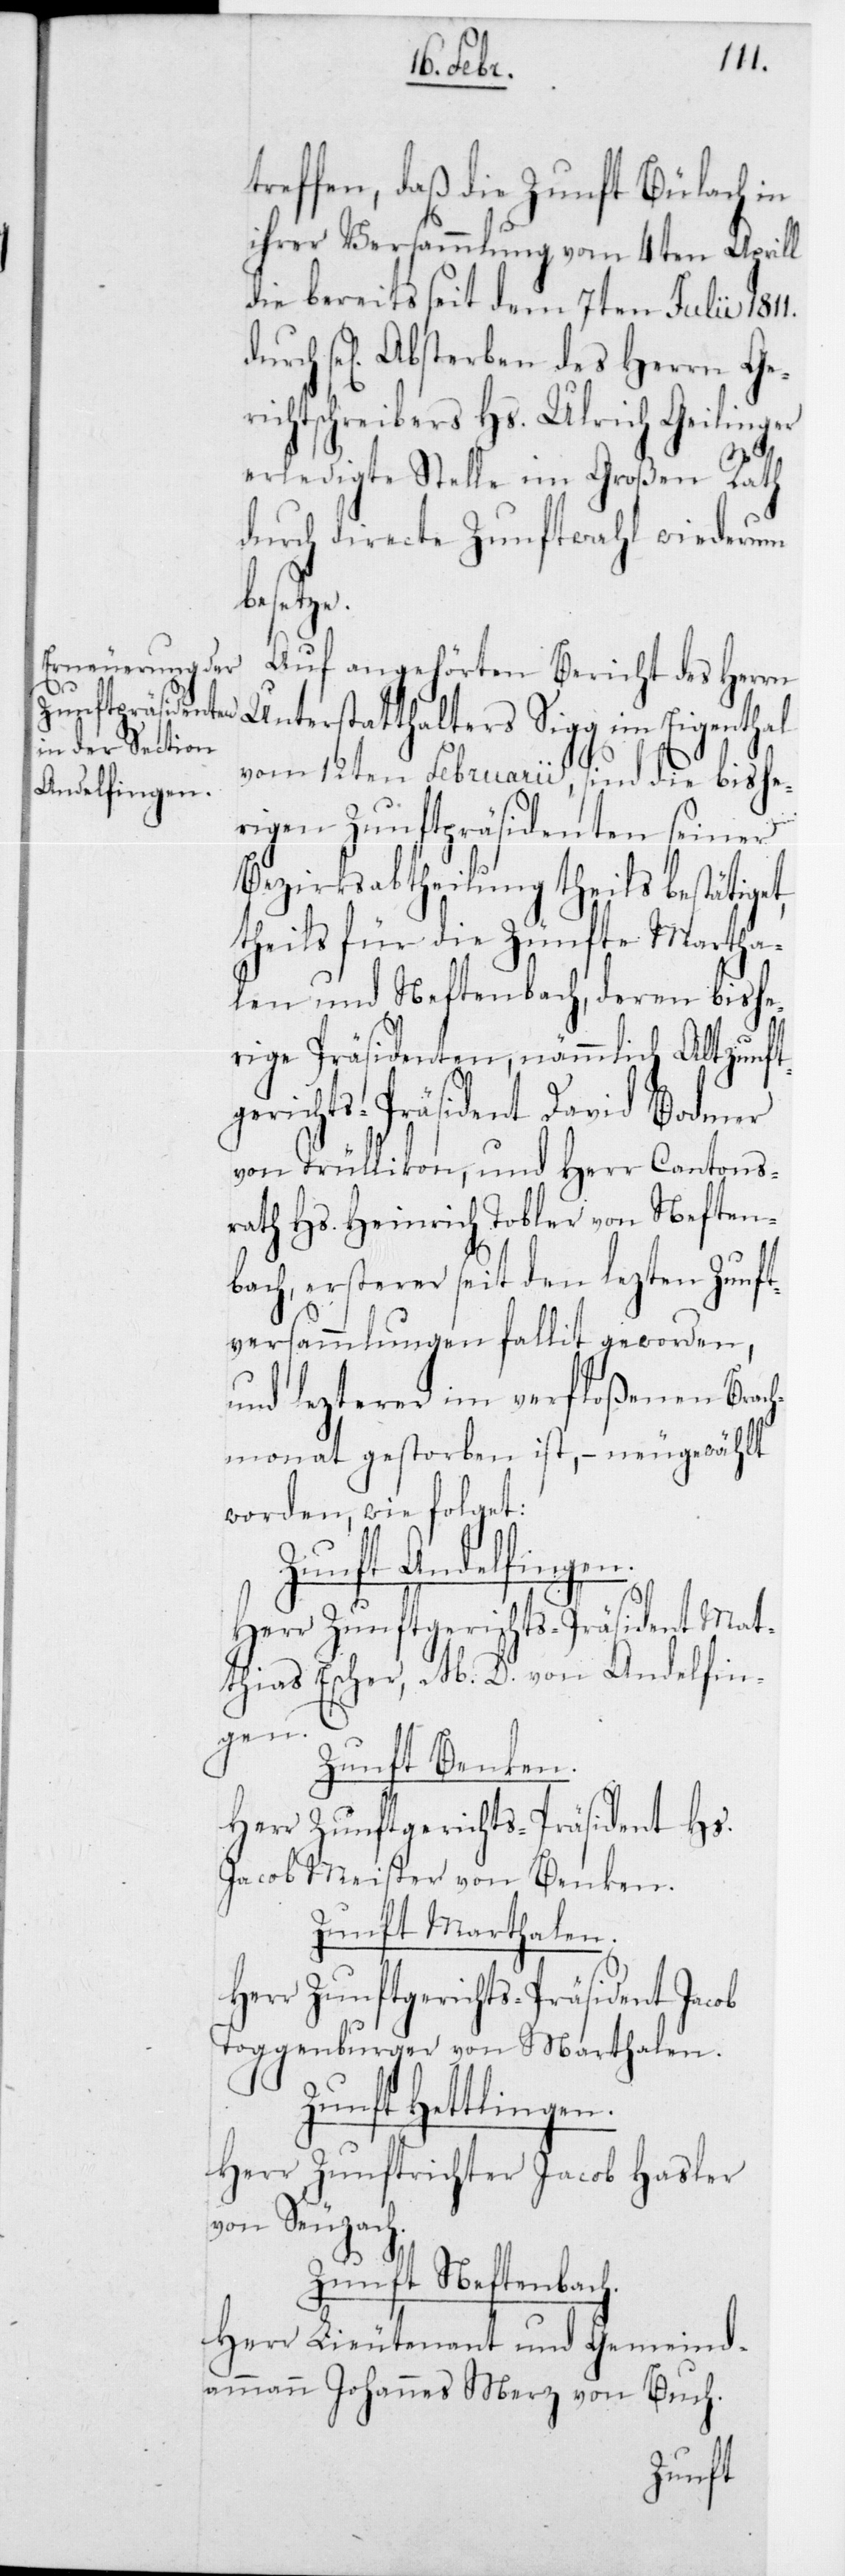
treffen, daß die Zunft Bülach in
ihrer Versammlung vom 4ten Aprill
die bereits seit dem 7ten Julii 1811
durch sel. Absterben des Herrn Ge¬
richtschreibers Hs. Ulrich Geilinger
erledigte Stelle im Großen Rath
durch directe Zunftwahl wiederum
besetze.
Auf angehörten Bericht des Herrn
Unterstatthalters Sigg im Eigenthal
vom 12ten Februarii, sind die bishe¬
rigen Zunftpräsidenten seiner
Bezirksabtheilung theils bestätiget,
theils für die Zünfte Martha¬
len und Neftenbach, deren bishe¬
rige Präsidenten, nämmlich Altzunft¬
gerichts-Präsident David Bodmer
von Trüllikon, und Herr Cantons¬
rath Hs. Heinrich Tobler von Neften¬
bach, ersterer seit den letzten Zunft¬
versammlungen fallit geworden,
und letzterer im verfloßenen Brach¬
monat gestorben ist, – neugewählt
worden, wie folget:
Zunft Andelfingen:
Herr Zunftgerichts-Präsident Mat¬
thias Escher, M. D. von Andelfin¬
gen.
Zunft Benken:
Herr Zunftgerichts-Präsident Hs.
Jacob Meister von Benken.
Zunft Marthalen:
Herr Zunftgerichts-Präsident Jacob
Toggenburger von Marthalen.
Zunft Hettlingen.
Herr Zunftrichter Jacob Hasler
von Seuzach.
Zunft Neftenbach.
Herr Lieutenant und Gemeind¬
ammann Johannes Merz von Buch.